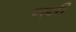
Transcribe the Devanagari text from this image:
नसी